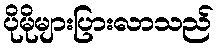
ပိုမိုများပြားလာသည်